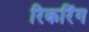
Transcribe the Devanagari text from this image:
रिकरिंग